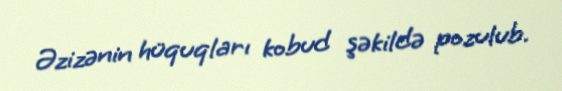
Əzizənin hüquqları kobud şəkildə pozulub.